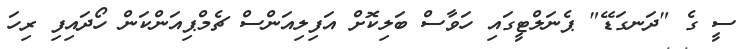
ސީ ގެ "ދަނގަޑޭ" ޕެނަލްޓީގައި ހަވާސް ބަލިކޮށް އަފިލިއަންސް ޗެމްޕިއަންކަން ހޯދައިފި ރިހަ